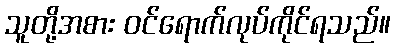
သူတို့အစား ဝင်ရောက်လုပ်ကိုင်ရသည်။